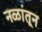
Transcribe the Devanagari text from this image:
नळांतून